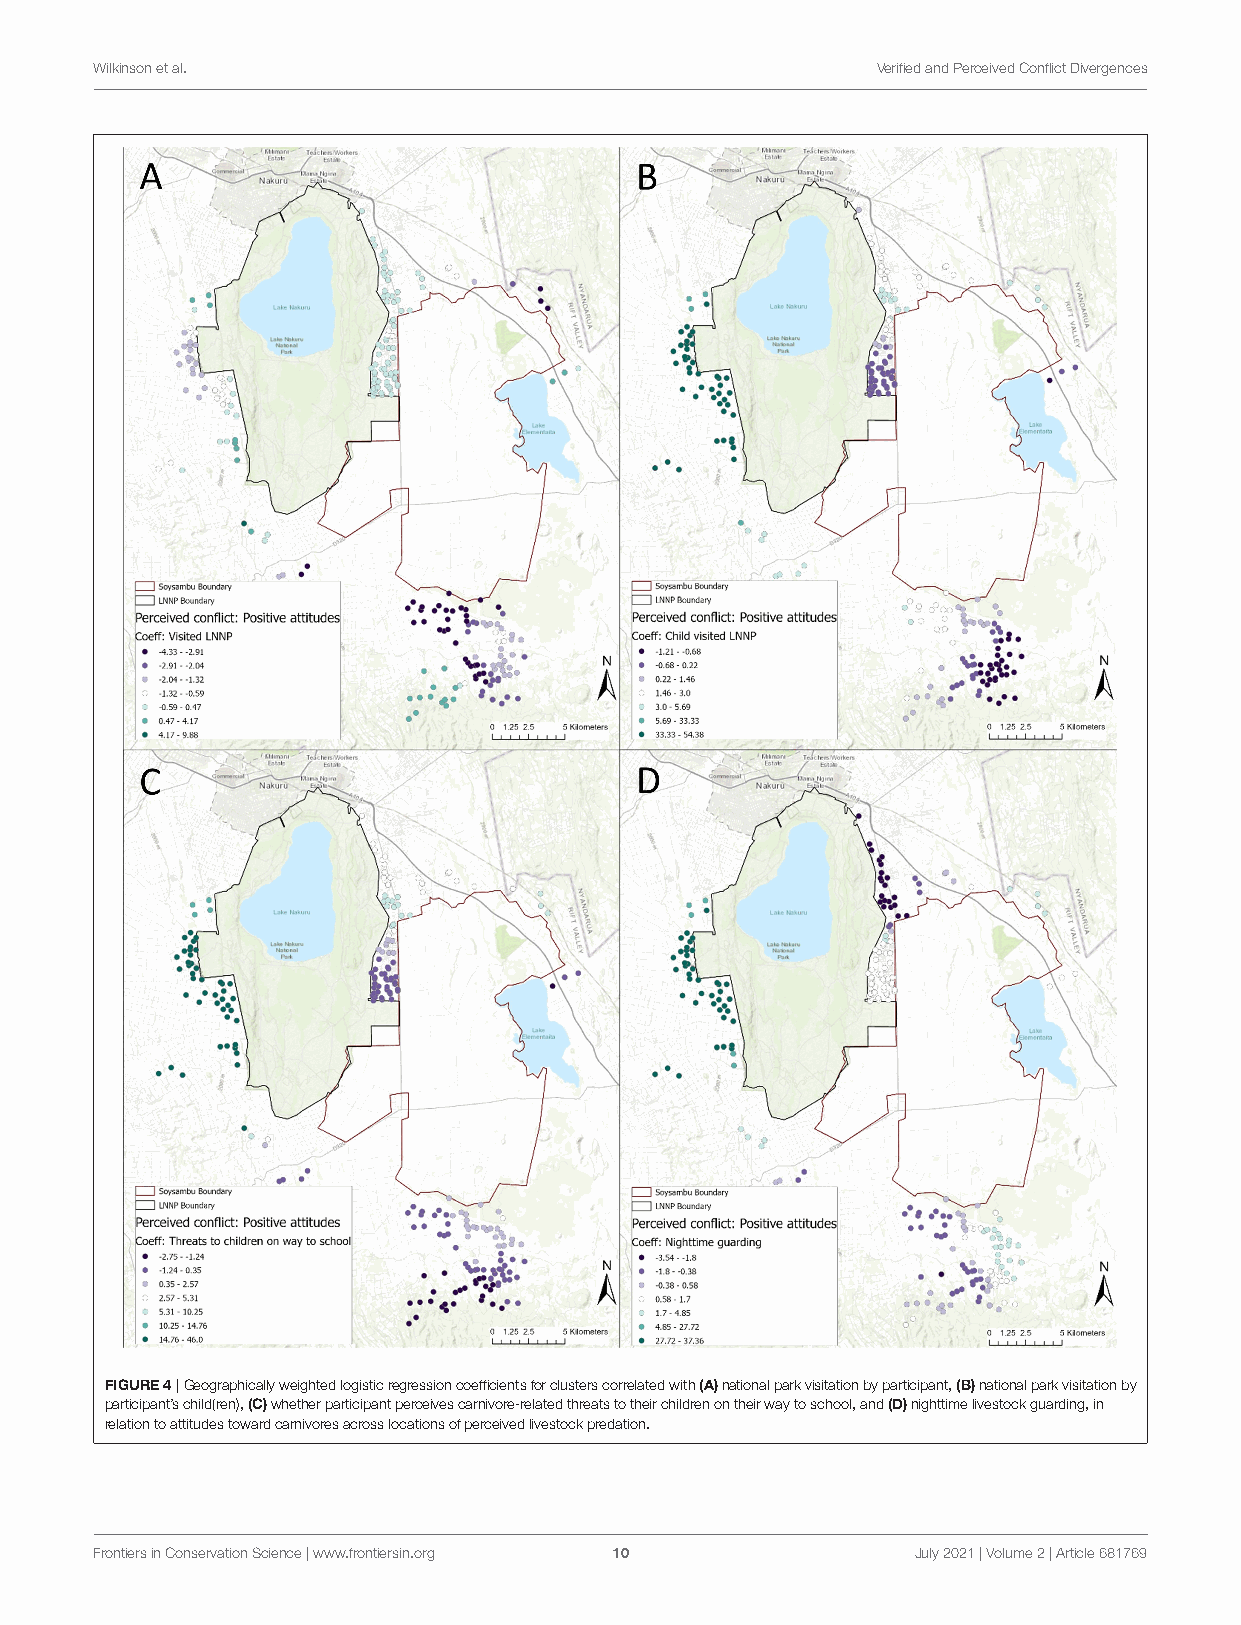
Wilkinsonetal.                                      VerifiedandPerceivedConflictDivergences
 FIGURE4|Geographicallyweightedlogisticregressioncoefficientsforclusterscorrelatedwith(A)nationalparkvisitationbyparticipant,(B)nationalparkvisitationby
 participant’schild(ren),(C)whetherparticipantperceivescarnivore-relatedthreatstotheirchildrenontheirwaytoschool,and(D)nighttimelivestockguarding,in
 relationtoattitudestowardcarnivoresacrosslocationsofperceivedlivestockpredation.
 FrontiersinConservationScience|www.frontiersin.org 10  July2021|Volume2|Article681769